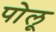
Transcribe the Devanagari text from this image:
पोलू